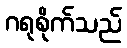
ဂရုစိုက်သည်